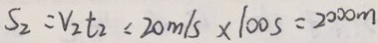
S _ { 2 } = V _ { 2 } t _ { 2 } = 2 0 m / s \times 1 0 0 s = 2 0 0 0 m